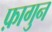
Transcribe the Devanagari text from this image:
फ़ागुन